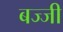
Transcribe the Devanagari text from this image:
बज्जी